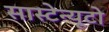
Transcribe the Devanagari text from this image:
सास्टेन्यूटो